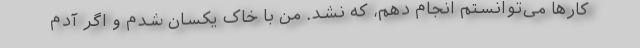
کارها می‌توانستم انجام دهم، که نشد. من با خاک یکسان شدم و اگر آدم